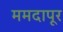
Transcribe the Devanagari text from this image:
ममदापूर